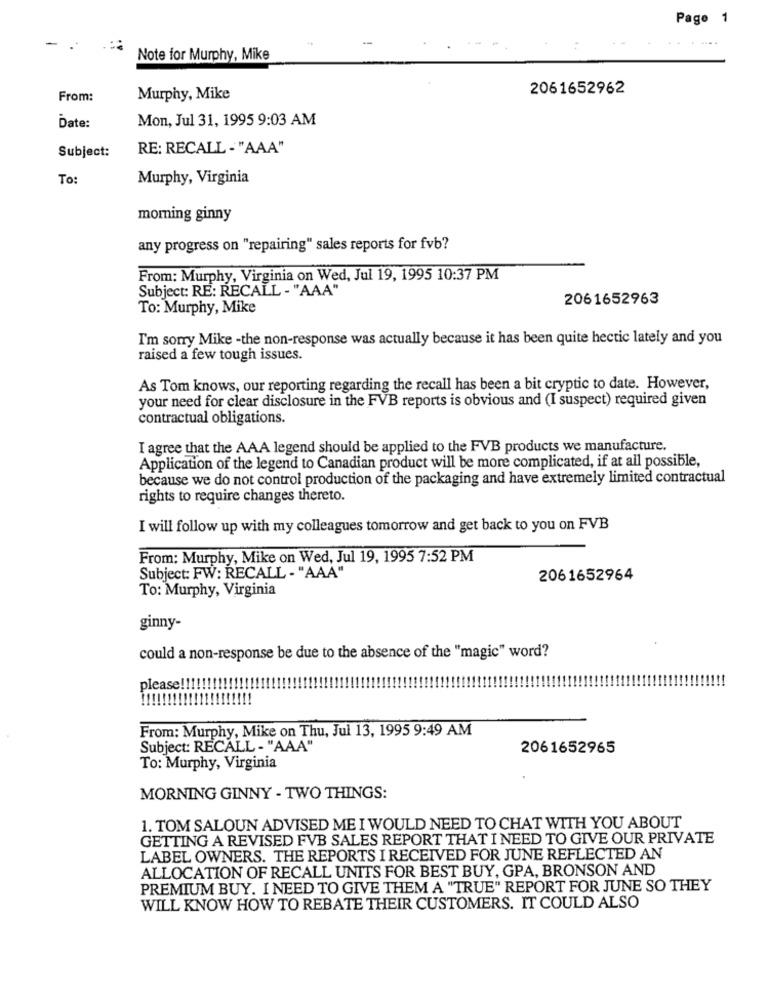
Page 1
Note for Murphy, Mike
2061652962
From:
Murphy, Mike
Date:
Mon, Jul 31, 1995 9:03 AM
Subject:
RE: RECALL - "AAA"
To:
Murphy, Virginia
morning ginny
any progress on "repairing" sales reports for fvb?
From: Murphy, Virginia on Wed, Jul 19, 1995 10:37 PM
Subject: RE: RECALL - "AAA"
2061652963
To: Murphy, Mike
I'm sorry Mike -the non-response was actually because it has been quite hectic lately and you
raised a few tough issues.
As Tom knows, our reporting regarding the recall has been a bit cryptic to date. However,
your need for clear disclosure in the FVB reports is obvious and (I suspect) required given
contractual obligations.
I agree that the AAA legend should be applied to the FVB products we manufacture.
Application of the legend to Canadian product will be more complicated, if at all possible,
because we do not control production of the packaging and have extremely limited contractual
rights to require changes thereto.
I will follow up with my colleagues tomorrow and get back to you on FVB
From: Murphy, Mike on Wed, Jul 19, 1995 7:52 PM
Subject: FW: RECALL - "AAA"
2061652964
To: Murphy, Virginia
ginny-
could a non-response be due to the absence of the "magic" word?
please !!!!!!!!!
From: Murphy, Mike on Thu, Jul 13, 1995 9:49 AM
Subject: RECALL - "AAA"
2061652965
To: Murphy, Virginia
MORNING GINNY - TWO THINGS:
1. TOM SALOUN ADVISED ME I WOULD NEED TO CHAT WITH YOU ABOUT
GETTING A REVISED FVB SALES REPORT THAT I NEED TO GIVE OUR PRIVATE
LABEL OWNERS. THE REPORTS I RECEIVED FOR JUNE REFLECTED AN
ALLOCATION OF RECALL UNITS FOR BEST BUY, GPA, BRONSON AND
PREMIUM BUY. I NEED TO GIVE THEM A "TRUE" REPORT FOR JUNE SO THEY
WILL KNOW HOW TO REBATE THEIR CUSTOMERS. IT COULD ALSO